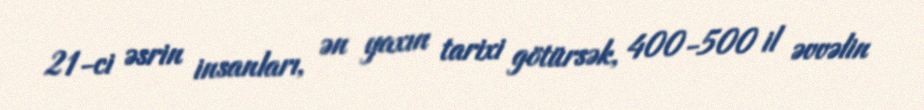
21-ci əsrin insanları, ən yaxın tarixi götürsək, 400-500 il əvvəlin